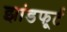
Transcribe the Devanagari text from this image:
झांडफूर्ट